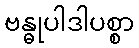
ဗန္ဓုပါဒါပစ္စာ